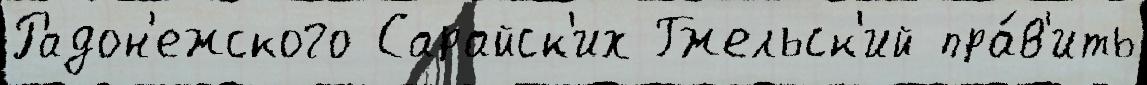
Радон'ежского Сарайск'их Гжельск'ий пра́в'ить